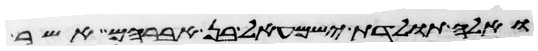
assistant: ואלה תולדת ישמעאל בן אברהם אשר